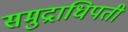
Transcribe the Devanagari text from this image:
समुद्राधिपती